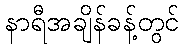
နာရီအချိန်ခန့်တွင်